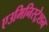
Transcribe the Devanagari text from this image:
एउमिनिस्ट्रेशन